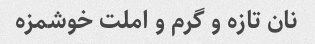
نان تازه و گرم و املت خوشمزه